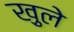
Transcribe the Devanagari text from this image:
ख़ुले